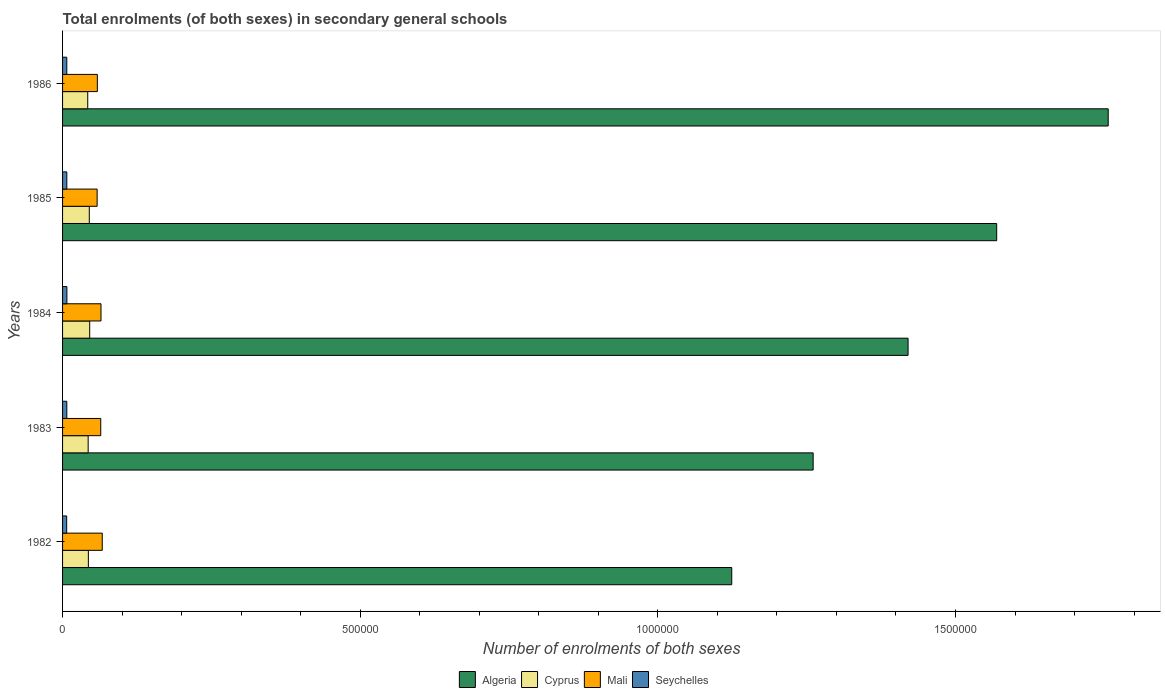
| Years | Algeria | Cyprus | Mali | Seychelles |
 | --- | --- | --- | --- | --- |
 | 1982 | 1.12e+06 | 4.33e+04 | 6.67e+04 | 6.94e+03 |
 | 1983 | 1.26e+06 | 4.3e+04 | 6.41e+04 | 7.14e+03 |
 | 1984 | 1.42e+06 | 4.56e+04 | 6.46e+04 | 7.25e+03 |
 | 1985 | 1.57e+06 | 4.49e+04 | 5.81e+04 | 7.12e+03 |
 | 1986 | 1.76e+06 | 4.23e+04 | 5.84e+04 | 7.1e+03 |